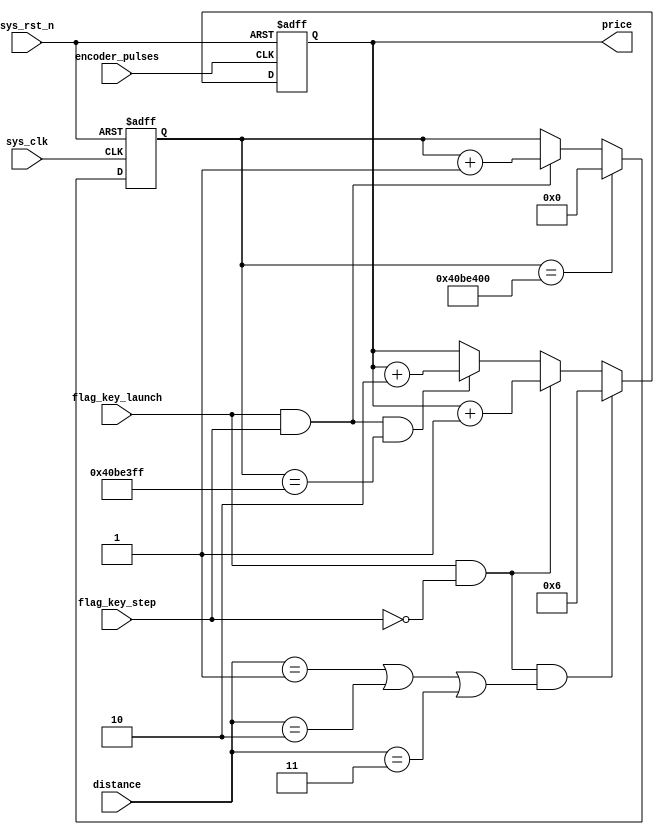
module price_cnt
#(
    parameter   CNT_2S =   27'd100_0000_0000
)
(
    input   wire            sys_clk         ,
    input   wire            sys_rst_n       ,  
    input   wire [19:0]     distance        ,
    input   wire            encoder_pulses  ,      
    input   wire            flag_key_launch , 
    input   wire            flag_key_step   ,  
    
    
    output  reg [19:0]      price   
);
reg [26:0]  cnt_2s;

always@(posedge sys_clk or  negedge sys_rst_n)
    if(sys_rst_n    ==  1'b0)
        cnt_2s    <=   27'd0;
    else    if(cnt_2s ==  CNT_2S)
        cnt_2s    <=  27'd0;
    else    if(flag_key_launch == 1'b1 && flag_key_step == 1'b1)   
        cnt_2s    <=  cnt_2s    +   20'd1;
    else    
        cnt_2s    <=  cnt_2s;
        
always@(posedge encoder_pulses or  negedge sys_rst_n)
    if(sys_rst_n    ==  1'b0)
        price    <=   20'd0 ;
    else    if( flag_key_launch == 1'b1 && flag_key_step == 1'b0 && (distance == 20'd1 || distance == 20'd2 || distance == 20'd3))   
        price    <=  20'd6  ;
    else    if( flag_key_launch == 1'b1 && flag_key_step == 1'b0)   
        price    <=  price    +   20'd1;
    else    if(flag_key_launch == 1'b1 && flag_key_step == 1'b1 && cnt_2s ==  CNT_2S - 1'b1)
        price    <=  price    +   20'd2;    
    else 
        price    <=  price  ;
endmodule